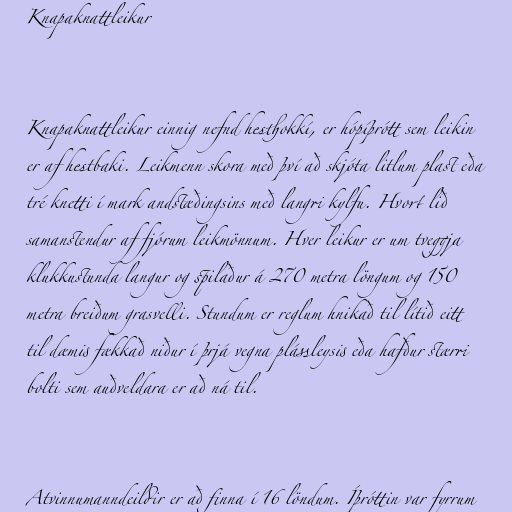
Knapaknattleikur

Knapaknattleikur einnig nefnd hesthokkí, er hópíþrótt sem leikin
er af hestbaki. Leikmenn skora með því að skjóta litlum plast eða
tré knetti í mark andstæðingsins með langri kylfu. Hvort lið
samanstendur af fjórum leikmönnum. Hver leikur er um tveggja
klukkustunda langur og spilaður á 270 metra löngum og 150
metra breiðum grasvelli. Stundum er reglum hnikað til lítið eitt
til dæmis fækkað niður í þrjá vegna plássleysis eða hafður stærri
bolti sem auðveldara er að ná til.

Atvinnumanndeildir er að finna í 16 löndum. Íþróttin var fyrrum